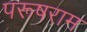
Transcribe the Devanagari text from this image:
परूषराम